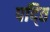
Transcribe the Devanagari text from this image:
पद्ति